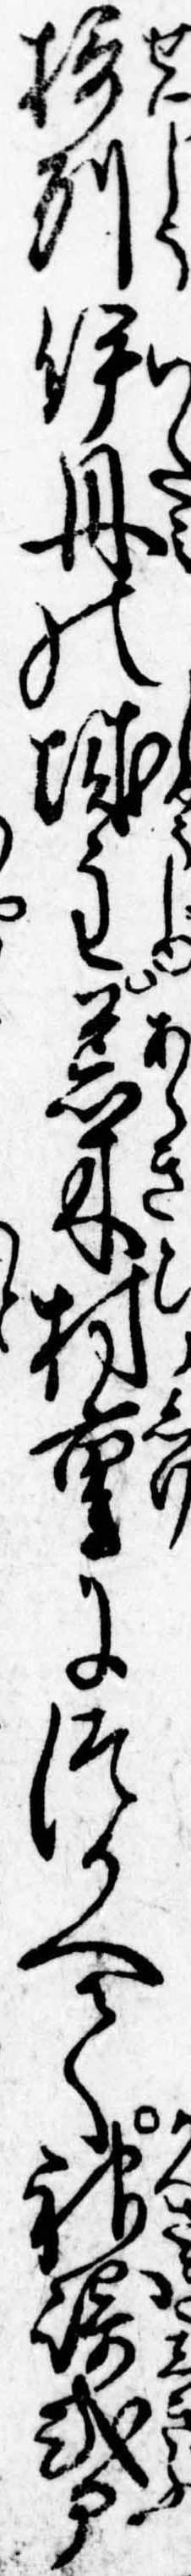
摂州伊丹の城主荒木村重につかへて神崎式部